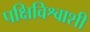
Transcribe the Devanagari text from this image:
पक्षिविश्वाशी